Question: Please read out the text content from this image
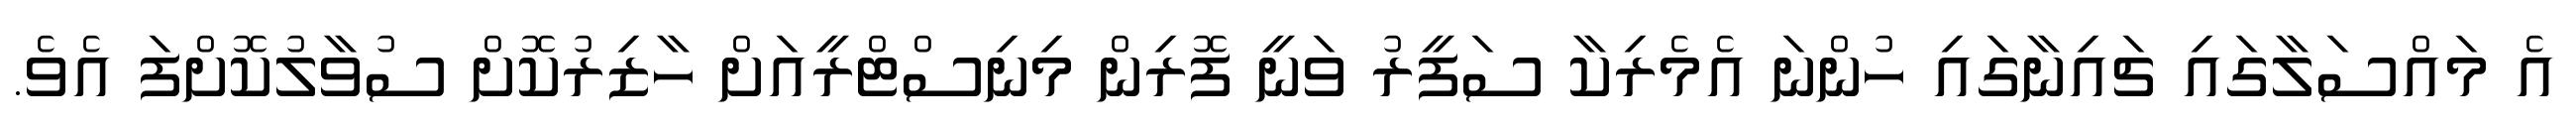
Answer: އެ މައްސަލާގައި ޗައިނާގައި ހުންނަ އެމެރިކާ ސަފީރު ވަނީ ފޮރިން މިނިސްޓްރީއަށް ހާޒިރުކޮށް ސުވާލުކޮށްފަ އެވެ.